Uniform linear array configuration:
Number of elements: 32
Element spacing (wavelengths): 0.75
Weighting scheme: exponential
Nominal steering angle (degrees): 30
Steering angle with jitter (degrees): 28.512
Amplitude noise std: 0.05
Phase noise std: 0.05

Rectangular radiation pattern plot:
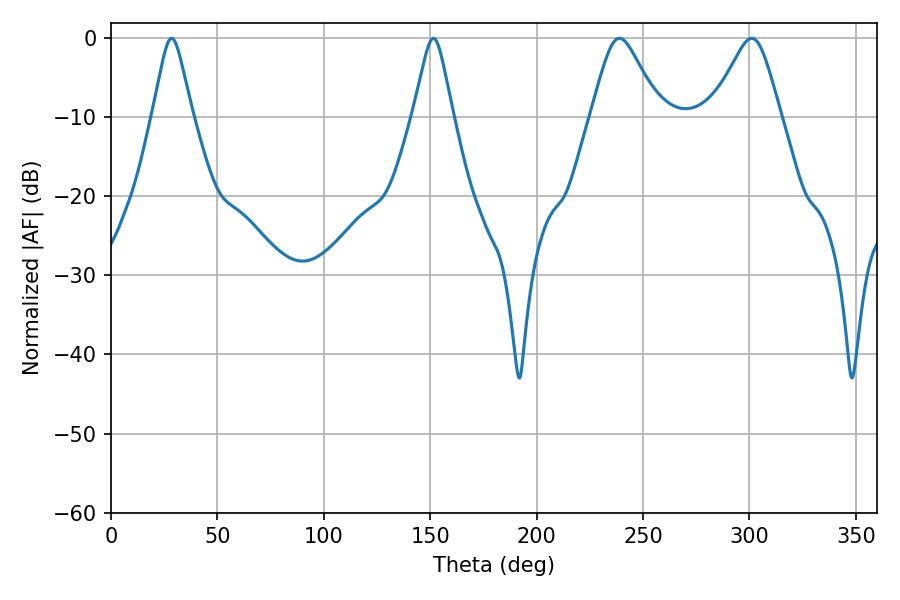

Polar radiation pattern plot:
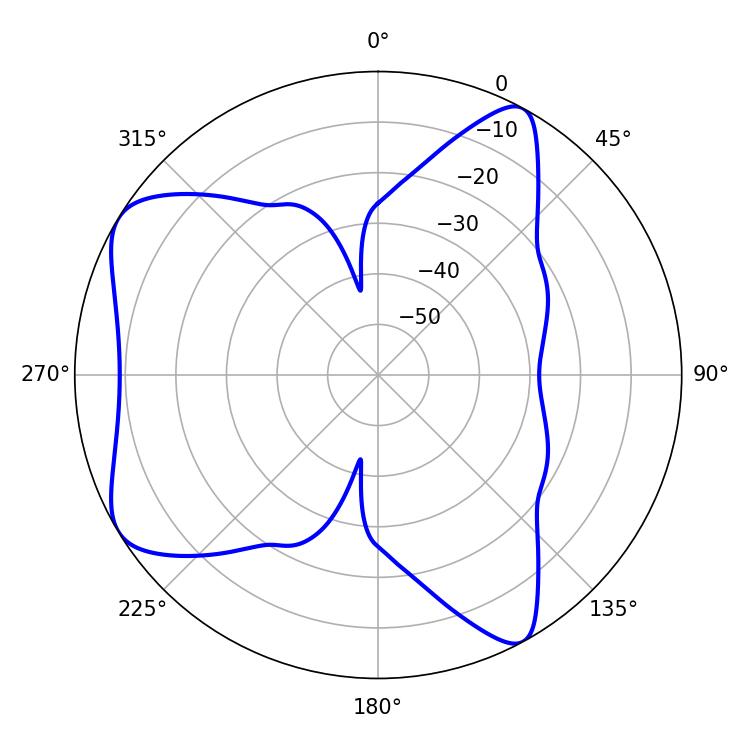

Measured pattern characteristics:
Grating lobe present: TRUE
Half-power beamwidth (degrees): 15.3
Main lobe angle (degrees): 238.86